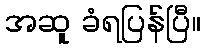
အဆူ ခံရပြန်ပြီ။